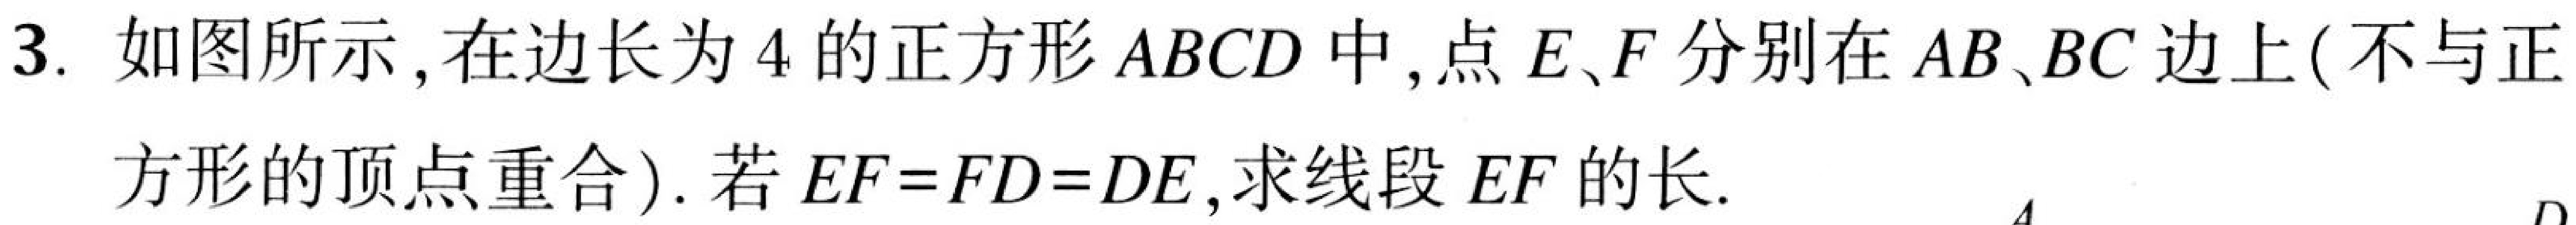
3. 如图所示，在边长为4的正方形 \(ABCD\) 中，点 \(E、F\) 分别在 \(AB、BC\) 边上(不与正
方形的顶点重合). 若 \(EF = FD=DE\)，求线段 \(EF\) 的长.